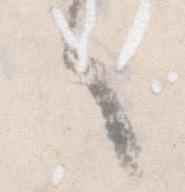
言